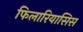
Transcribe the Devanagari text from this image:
फिलारियासिस